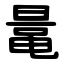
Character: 鼌